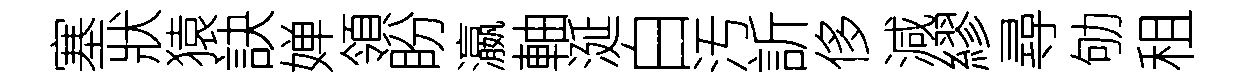
塞狀猿訣婵領盼瀛軸涎白汚訢侈減繆尋劬租